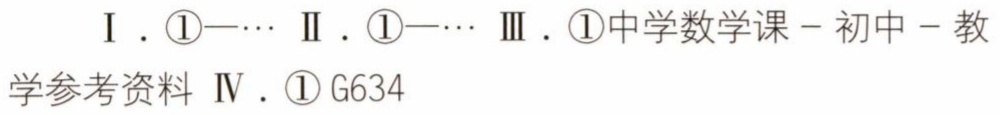
I. \textcircled{1}—\cdots  II. \textcircled{1}—\cdots  III. \textcircled{1}中学数学课－初中－教学参考资料  IV. \textcircled{1}G634